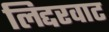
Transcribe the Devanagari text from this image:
लिद्दरवाट